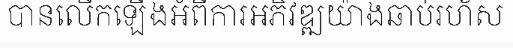
បានលើកឡើងអំពីការអភិវឌ្ឍយ៉ាងឆាប់រហ័ស